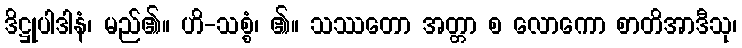
ဒိဋ္ဌုပါဒါနံ၊ မည်၏။ ဟိ-သစ္စံ၊ ၏။ သဿတော အတ္တာ စ လောကော စာတိအာဒီသု၊